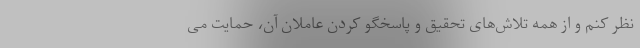
نظر کنم و از همه تلاش‌های تحقیق و پاسخگو کردن عاملان آن، حمایت می